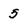
Character: 5